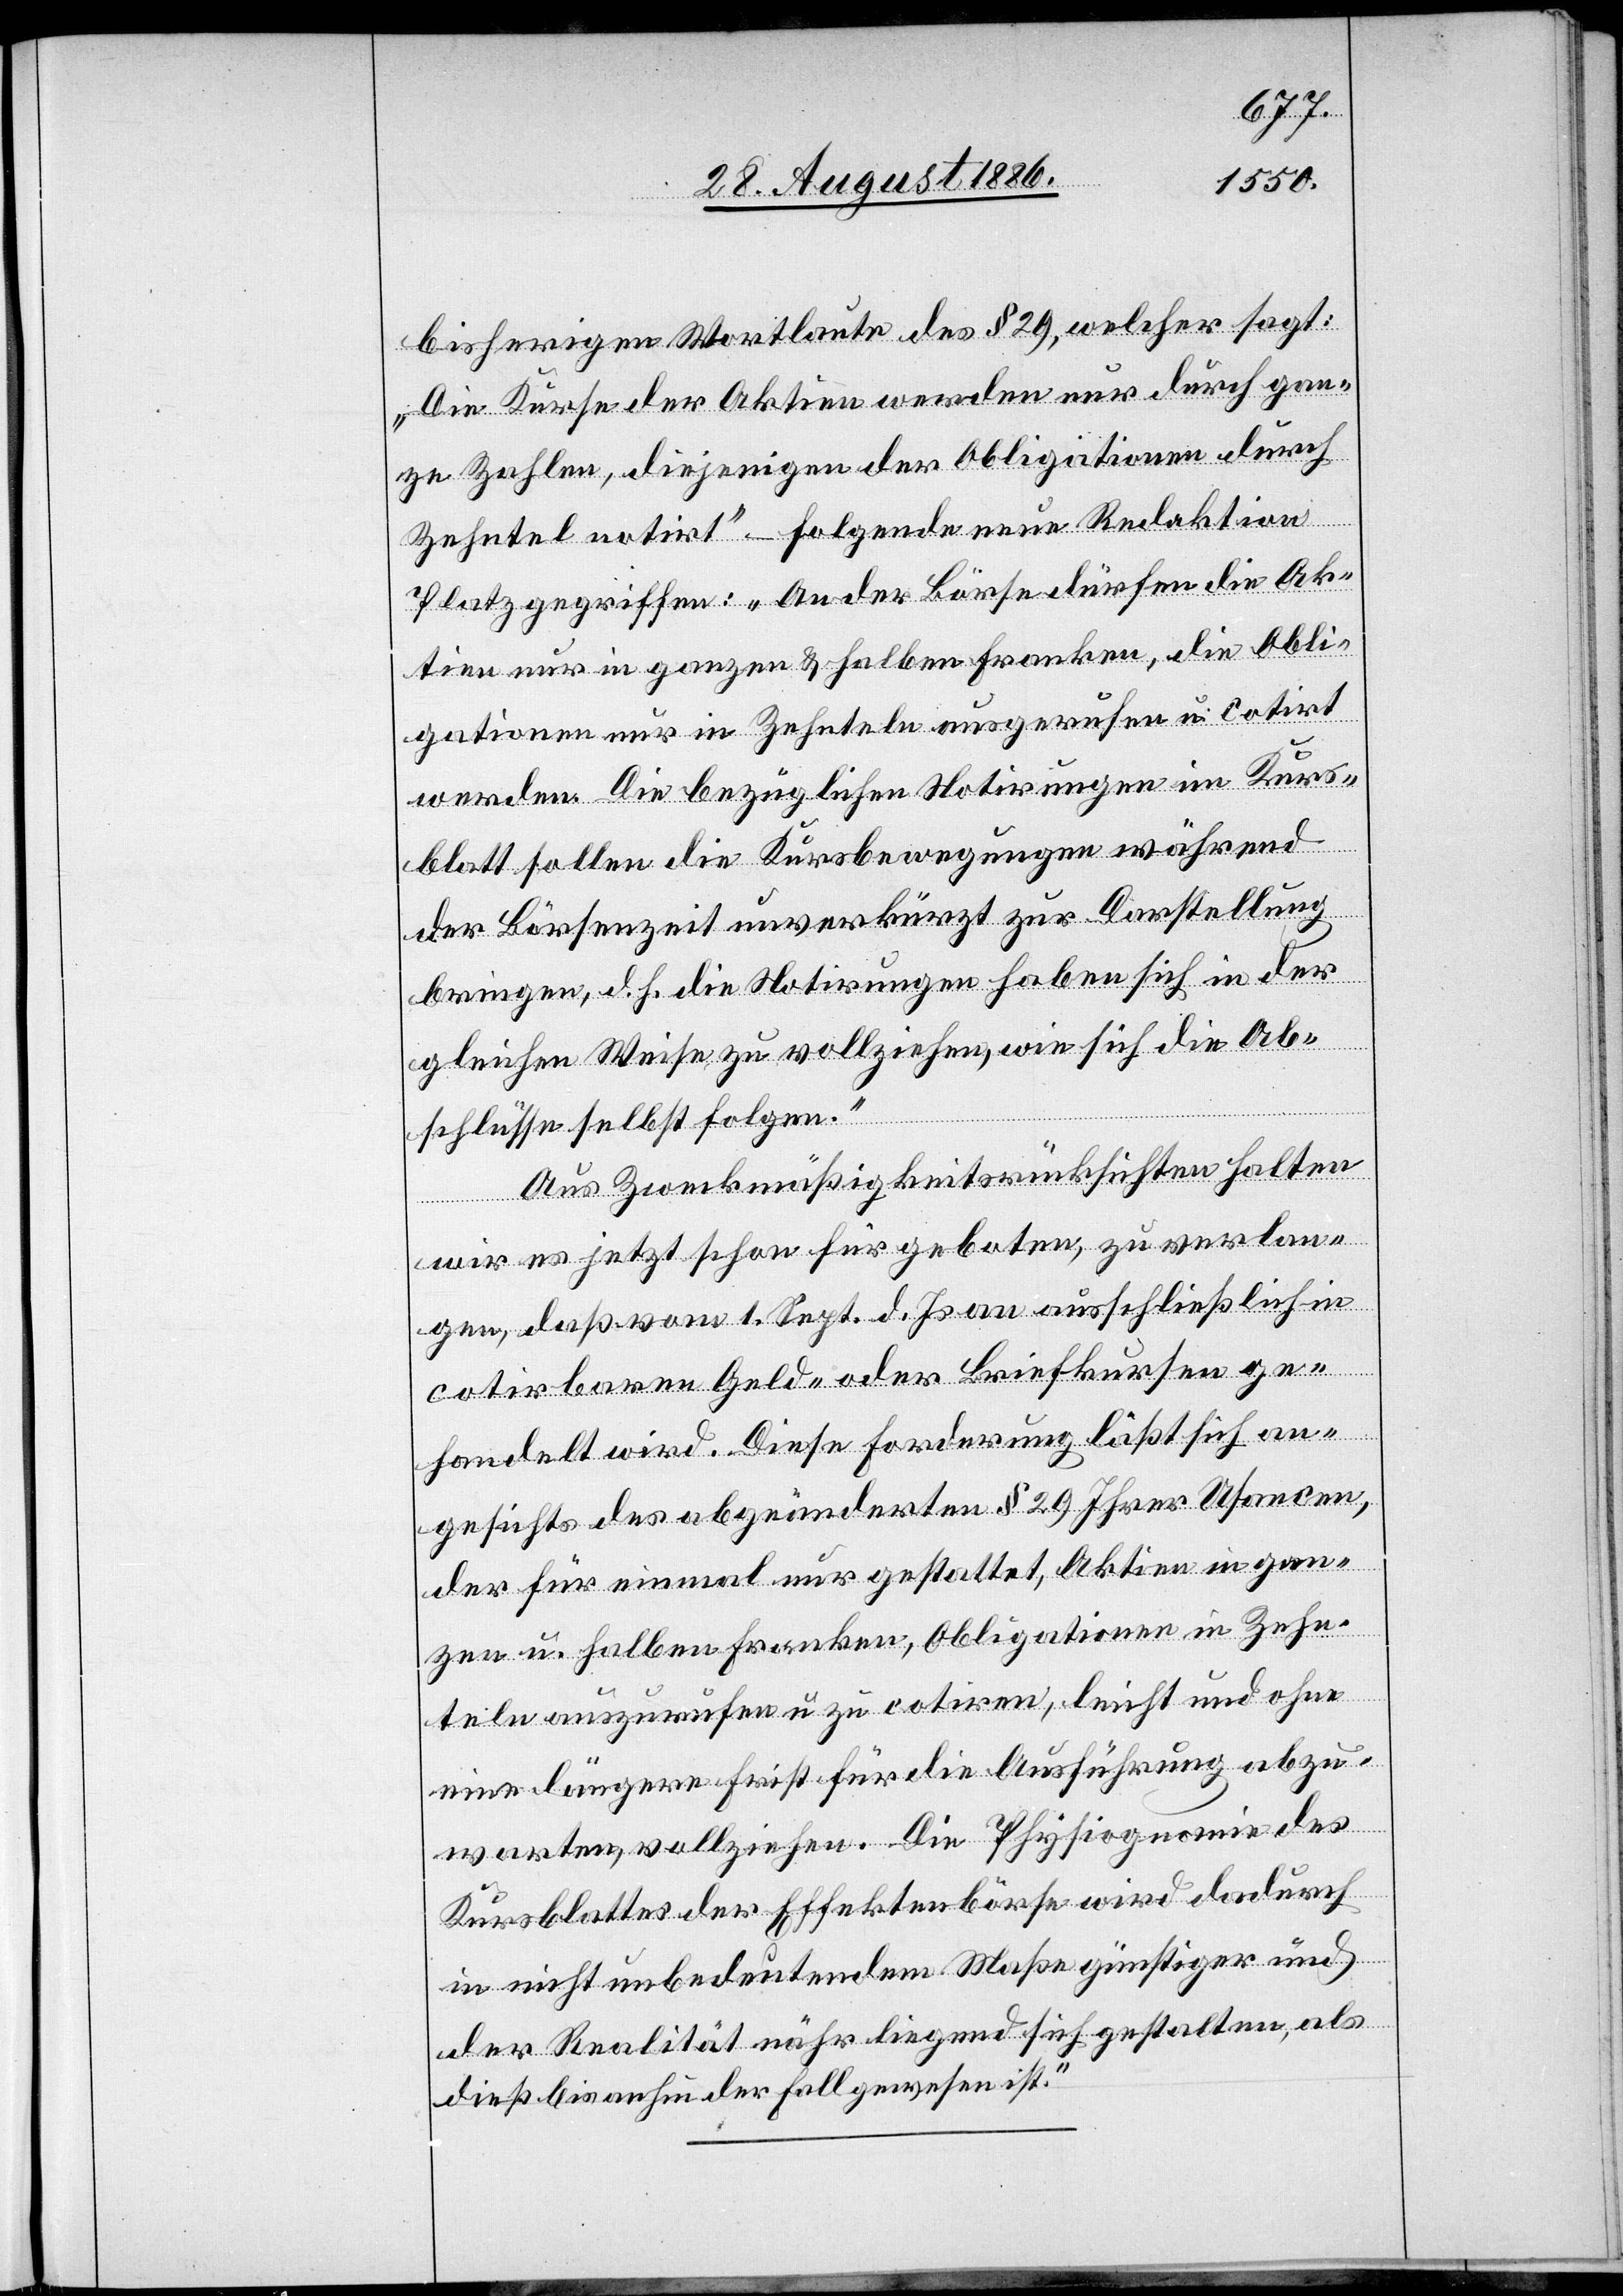
bisherigen Wortlaute des § 29, welcher sagt:
„Die Kurse der Aktien werden nur durch gan¬
ze Zahlen, diejenigen der Obligationen durch
Zehntel notirt“ – folgende neue Redaktion
Platz gegriffen: „An der Börse dürfen die Ak¬
tien nur in ganzen & halben Franken, die Obli¬
gationen nur in Zehnteln ausgerufen u. cotirt
werden. Die bezüglichen Notirungen im Kurs¬
blatt sollen die Kursbewegungen während
der Börsenzeit unverkürzt zur Darstellung
bringen, d. h. die Notirungen haben sich in der
gleichen Weise zu vollziehen, wie sich die Ab¬
schlüsse selbst folgen.“
Aus Zweckmäßigkeitsrücksichten halten
wir es jetzt schon für geboten, zu verlan¬
gen, daß vom 1. Sept. d. Js. an ausschließlich in
cotirbaren Geld- oder Briefkursen ge¬
handelt wird. Diese Forderung läßt sich an¬
gesichts des abgeänderten § 29 Ihrer Usancen,
der für einmal nur gestattet, Aktien in gan¬
zen u. halben Franken, Obligationen in Zehn¬
teln auszurufen u. zu cotiren, leicht und ohne
eine längere Frist für die Ausführung abzu¬
warten, vollziehen. Die Physiognomie des
Kursblattes der Effektenbörse wird dadurch
in nicht unbedeutendem Maße günstiger und
der Realität näher liegend sich gestalten, als
dieß bis anhin der Fall gewesen ist.“